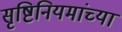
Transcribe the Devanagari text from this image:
सृष्टिनियमांच्या